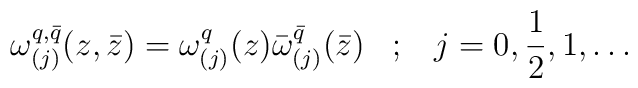
\omega^{q,\bar{q}}_{(j)}(z,\bar{z})=    \omega^q_{(j)}(z)\bar{\omega}^{\bar{q}}_{(j)}(\bar{z}) \;\;\; ; \;\;\;   j=0,\frac{1}{2},1,\ldots